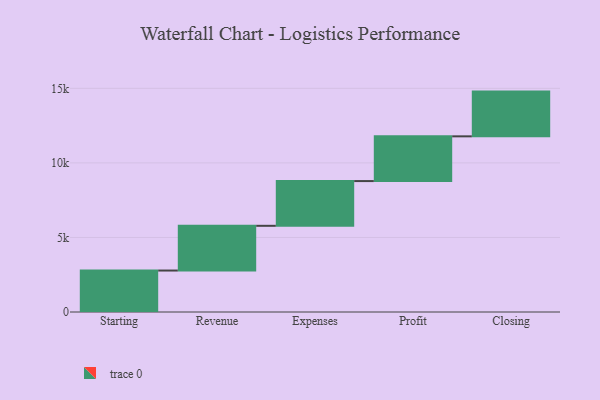
{"axis": {"x": "Step", "y": "Value"}, "legend": [""], "data": [{"x": "Starting", "y": 2780.0, "type": ""}, {"x": "Revenue", "y": 3000, "type": ""}, {"x": "Expenses", "y": 3000, "type": ""}, {"x": "Profit", "y": 3000, "type": ""}, {"x": "Closing", "y": 3000, "type": ""}]}